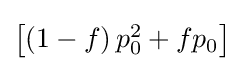
{\textstyle \left[\left(1-f\right)p_{0}^{2}+fp_{0}\right]}